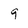
Character: 9